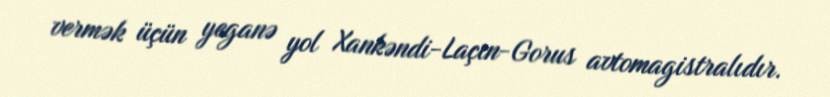
vermək üçün yeganə yol Xankəndi-Laçın-Gorus avtomagistralıdır.